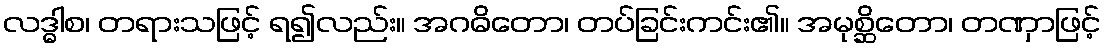
လဒ္ဓါစ၊ တရားသဖြင့် ရ၍လည်း။ အဂဓိတော၊ တပ်ခြင်းကင်း၏။ အမုစ္ဆိတော၊ တဏှာဖြင့်